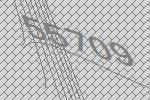
55709